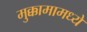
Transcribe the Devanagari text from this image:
मुक्कामामध्ये